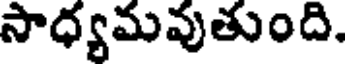
సాధ్యమవుతుంది.